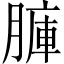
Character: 𦟏